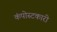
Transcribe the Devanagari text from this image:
कंपोस्टकारी